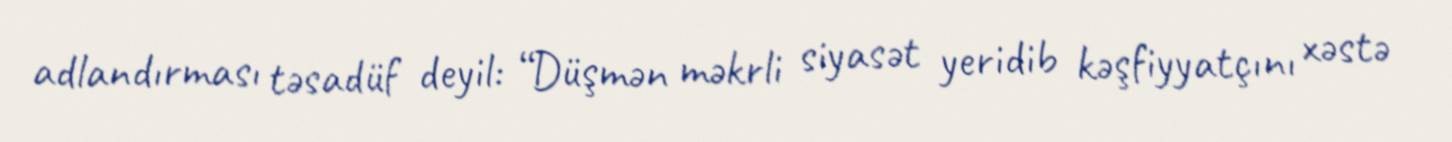
adlandırması təsadüf deyil: “Düşmən məkrli siyasət yeridib kəşfiyyatçını xəstə